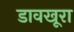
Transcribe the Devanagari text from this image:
डावखूरा